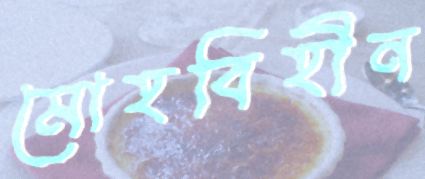
মোহবিহীন